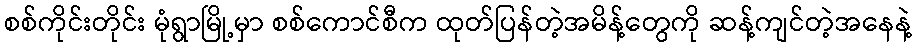
စစ်ကိုင်းတိုင်း မုံရွာမြို့မှာ စစ်ကောင်စီက ထုတ်ပြန်တဲ့အမိန့်တွေကို ဆန့်ကျင်တဲ့အနေနဲ့